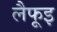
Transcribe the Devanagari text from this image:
लैफूइ